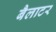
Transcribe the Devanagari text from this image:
बैलाटर